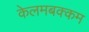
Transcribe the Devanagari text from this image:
केलमबक्कम